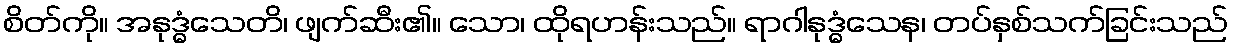
စိတ်ကို။ အနုဒ္ဓံသေတိ၊ ဖျက်ဆီး၏။ သော၊ ထိုရဟန်းသည်။ ရာဂါနုဒ္ဓံသေန၊ တပ်နှစ်သက်ခြင်းသည်